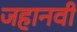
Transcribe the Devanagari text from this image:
जहानवी